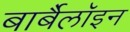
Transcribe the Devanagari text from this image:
बार्बैलॉइन